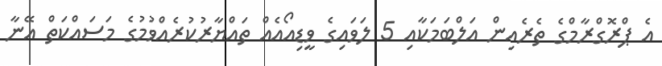
އެ ޕްރޮގްރާމްގެ ތެރެއިން އަލްބަމަކާއި 5 ލަވައިގެ ވީޑިއޯއެއް ތައްޔާރުކުރެއްވުމުގެ މަސައްކަތް އޭނާ